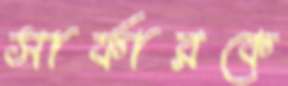
সার্ফারকে